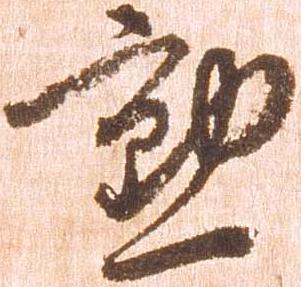
勲